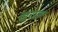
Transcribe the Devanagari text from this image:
खु़राक़